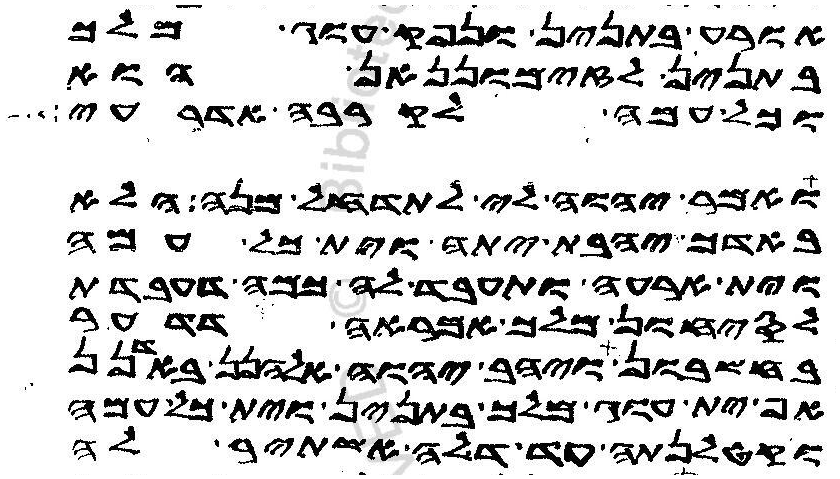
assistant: אורע בתנין ונפק עוג מלך
בתנין לזימוננאן הוא
וכל עמה לקרבה אדרעי
ואמר יהוה לי לתדחל מנה הלא
באדך יהבת יתה וית כל עמה
וית ארעה ותעבד לה כמה דעבדת
לסיחון מלך אמראה דדער
בחשבון ויהב יהוה אלהנן באדנן
אף ית עוג מלך בתנין וית כל עמה
וקטלנתה עד דלה אשתיר לה